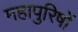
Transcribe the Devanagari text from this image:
महापुरिषों